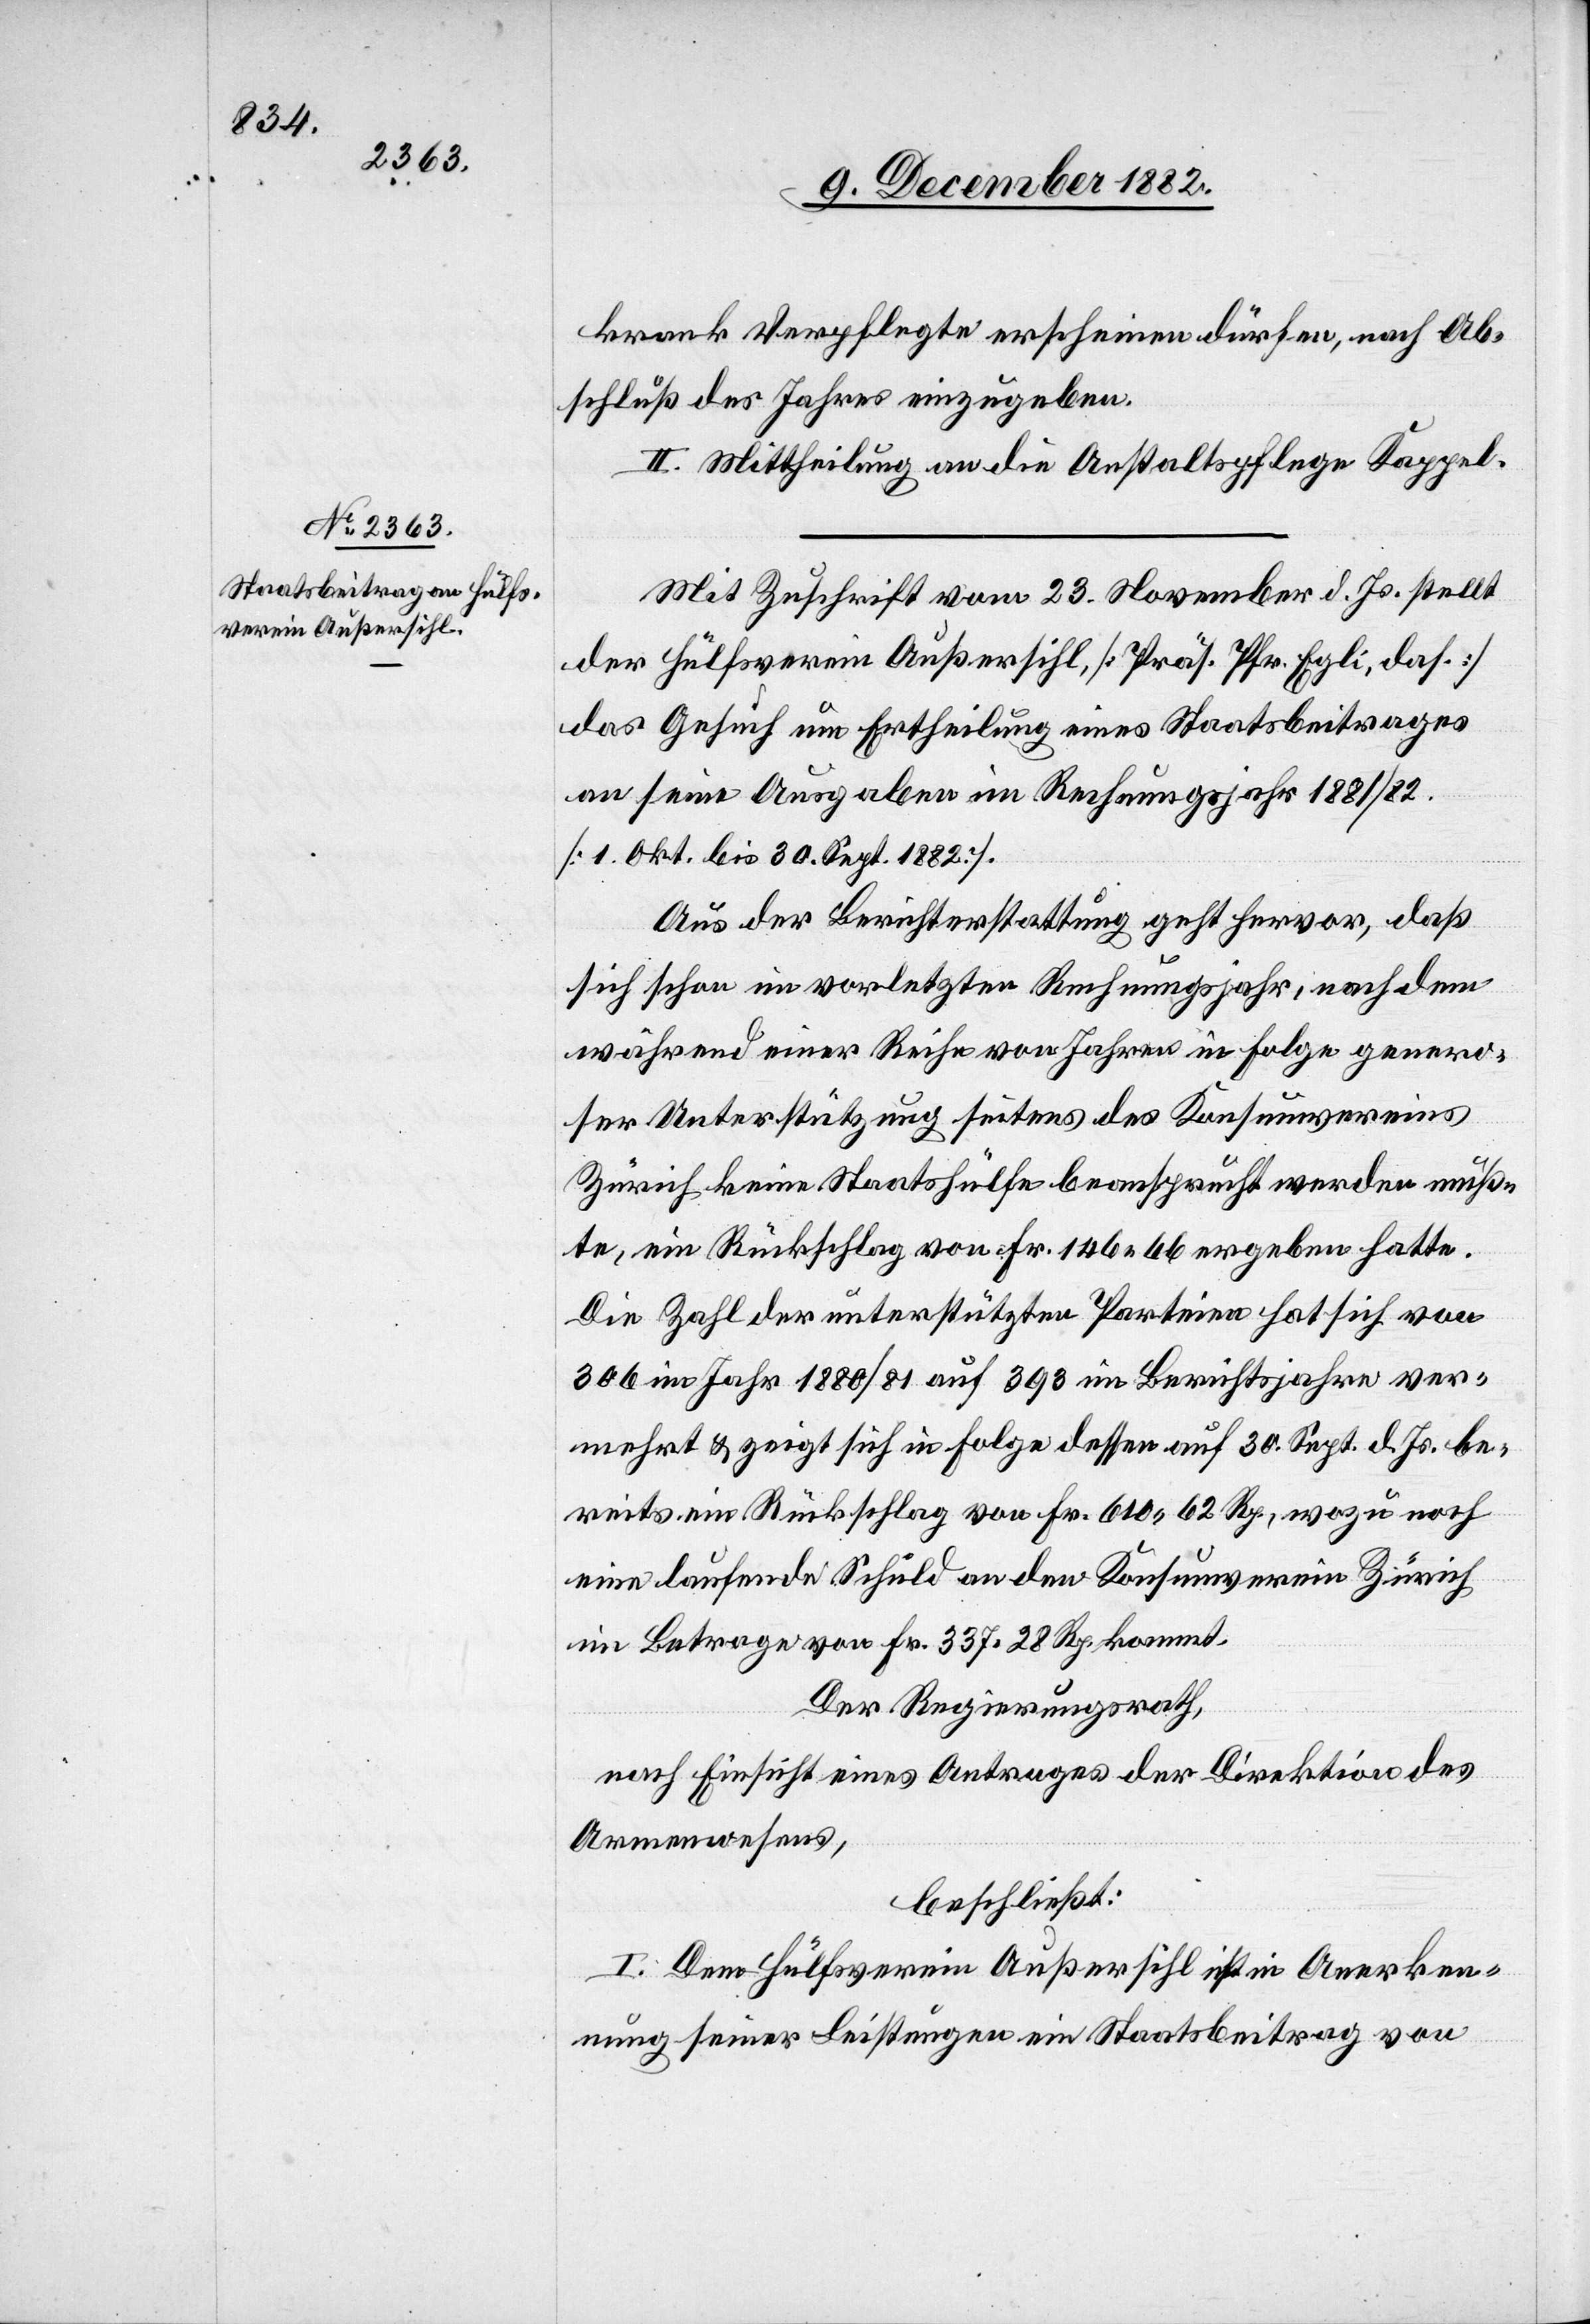
krank Verpflegte erscheinen dürfen, nach An¬
schluß des Jahres einzugeben.
III. Mittheilung an die Anstaltspflege Kappel.
Mit Zuschrift vom 23. November d. Js. stellt
der Hülfsverein Außersihl, [Präs. Pfr. Egli, das.]
das Gesuch um Ertheilung eines Staatsbeitrages
an seine Ausgaben im Rechnungsjahr 1881/81.
[1. Okt. bis 30. Sept. 1882].
Aus der Berichterstattung geht hervor, daß
sich schon im vorletzten Rechnungsjahr, nachdem
während einer Reihe von Jahren in Folge genero¬
ser Unterstützung seitens des Konsumvereins
Zürich keine Staatshülfe beansprucht werden muß¬
te, ein Rückschlag von Fr. 146 66 ergeben hatte.
Die Zahl der unterstützten Parteien hat sich von
306 im Jahr 1880/81 auf 393 im Berichtsjahre ver¬
mehrt & zeigt sich in Folge dessen auf 30. Sept. d. Js. be¬
reits ein Rückschlag von Fr. 610 62 Rp., wozu noch
eine laufende Schuld an den Konsumverein Zürich
im Betrage von Fr. 337 28 Rp. kommt.
Der Regierungsrath,
nach Einsicht eines Antrages der Direktion des
Armenwesens,
beschließt:
I. Dem Hülfsverein Außersihl ist in Anerken¬
nung seiner Leistungen ein Staatsbeitrag von